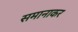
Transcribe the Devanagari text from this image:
समानाकर